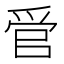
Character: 𬋩